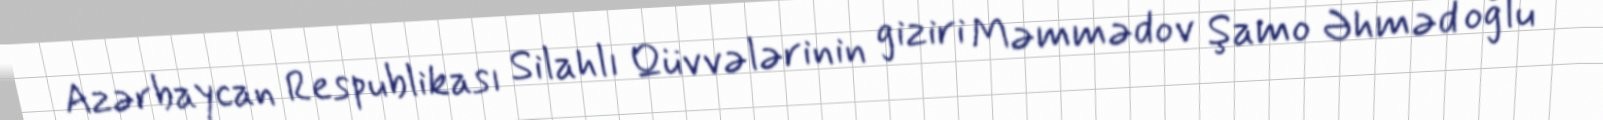
Azərbaycan Respublikası Silahlı Qüvvələrinin giziri Məmmədov Şamo Əhməd oğlu